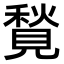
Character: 𧡣